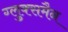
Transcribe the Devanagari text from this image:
ग्लुक्समैन